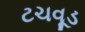
ટચવૂડ